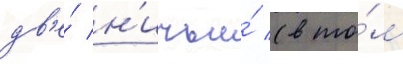
дв'е́ н'ичьи́ (в то́м